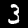
Label: 3